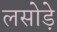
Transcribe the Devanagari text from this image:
लसोडे़